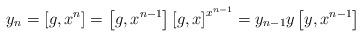
LaTeX: \begin{align*} y_n = \left[g,x^{n}\right] = \left[g,x^{n-1}\right] \left[g,x\right]^{x^{n-1}} = y_{n-1} y \left[y,x^{n-1}\right]\end{align*}